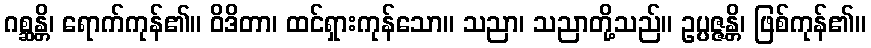
ဂစ္ဆန္တိ၊ ရောက်ကုန်၏။ ဝိဒိတာ၊ ထင်ရှားကုန်သော။ သညာ၊ သညာတို့သည်။ ဥပ္ပဇ္ဇန္တိ၊ ဖြစ်ကုန်၏။